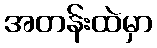
အတန်းထဲမှာ